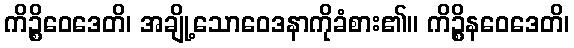
ကိဉ္စိဝေဒေတိ၊ အချို့သောဝေဒနာကိုခံစား၏။ ကိဉ္စိနဝေဒေတိ၊